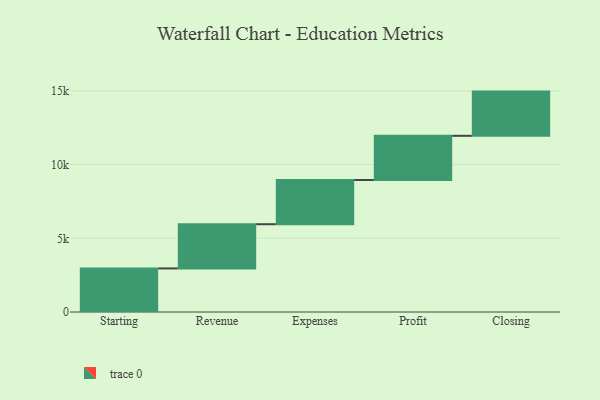
{"axis": {"x": "Step", "y": "Value"}, "legend": [""], "data": [{"x": "Starting", "y": 2957.0, "type": ""}, {"x": "Revenue", "y": 3000, "type": ""}, {"x": "Expenses", "y": 3000, "type": ""}, {"x": "Profit", "y": 3000, "type": ""}, {"x": "Closing", "y": 3000, "type": ""}]}